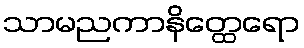
သာမညကာနိတ္ထေရော